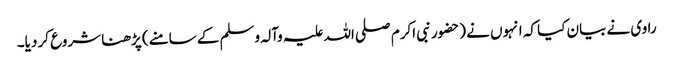
راوی نے بیان کیا کہ انہوں نے (حضورنبی اکرم صلی اللہ علیہ وآلہ وسلم کے سامنے) پڑھنا شروع کر دیا۔